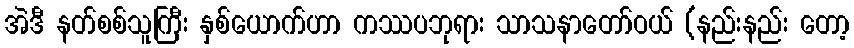
အဲဒီ နတ်စစ်သူကြီး နှစ်ယောက်ဟာ ကဿပဘုရား သာသနာတော်ဝယ် (နည်းနည်း တော့